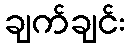
ချက်ချင်း